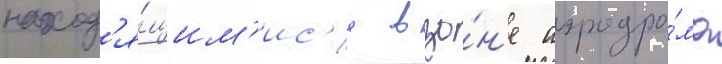
наход'я́щим'ис'я в зо́н'е аэродро́ма